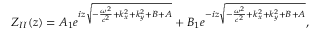
Z _ { I I } ( z ) = A _ { 1 } e ^ { i z \sqrt { - \frac { \omega ^ { 2 } } { c ^ { 2 } } + k _ { x } ^ { 2 } + k _ { y } ^ { 2 } + B + A } } + B _ { 1 } e ^ { - i z \sqrt { - \frac { \omega ^ { 2 } } { c ^ { 2 } } + k _ { x } ^ { 2 } + k _ { y } ^ { 2 } + B + A } } ,